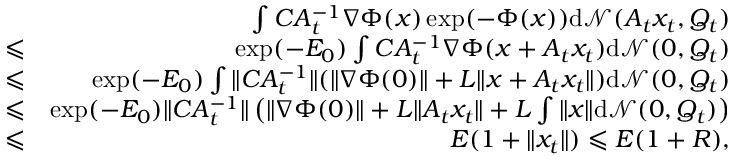
\begin{array} { r l r } & { } & { \int C A _ { t } ^ { - 1 } \nabla \Phi ( x ) \exp ( - \Phi ( x ) ) \mathrm { d } \mathcal { N } ( A _ { t } x _ { t } , Q _ { t } ) } \\ & { \leqslant } & { \exp ( - E _ { 0 } ) \int C A _ { t } ^ { - 1 } \nabla \Phi ( x + A _ { t } x _ { t } ) \mathrm { d } \mathcal { N } ( 0 , Q _ { t } ) } \\ & { \leqslant } & { \exp ( - E _ { 0 } ) \int \| C A _ { t } ^ { - 1 } \| ( \| \nabla \Phi ( 0 ) \| + L \| x + A _ { t } x _ { t } \| ) \mathrm { d } \mathcal { N } ( 0 , Q _ { t } ) } \\ & { \leqslant } & { \exp ( - E _ { 0 } ) \| C A _ { t } ^ { - 1 } \| \left( \| \nabla \Phi ( 0 ) \| + L \| A _ { t } x _ { t } \| + L \int \| x \| \mathrm { d } \mathcal { N } ( 0 , Q _ { t } ) \right) } \\ & { \leqslant } & { E ( 1 + \| x _ { t } \| ) \leqslant E ( 1 + R ) , } \end{array}